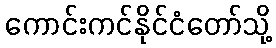
ကောင်းကင်နိုင်ငံတော်သို့